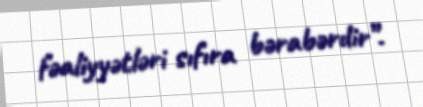
fəaliyyətləri sıfıra bərabərdir”.